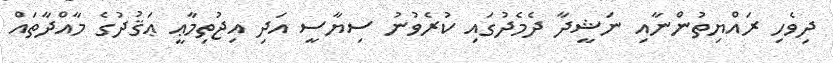
ދިވެހި ރައްޔިތުންނާއި ނަޝީދާ ދެމެދުގައި ކުރެވުނު ސިޔާސީ އަދި އިޖުތިމާޢީ ޢަޤުދުގެ މާއްދާތައް